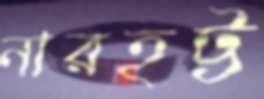
নারহট্ট